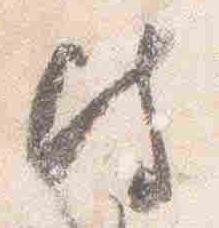
彼